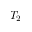
T _ { 2 }